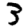
Digit: 3